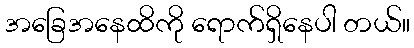
အခြေအနေထိကို ရောက်ရှိနေပါ တယ်။